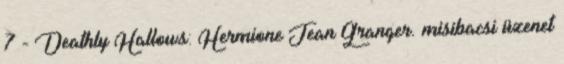
7 - Deathly Hallows: Hermione Jean Granger. misibacsi üzenet